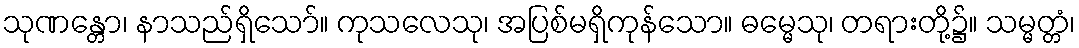
သုဏန္တော၊ နာသည်ရှိသော်။ ကုသလေသု၊ အပြစ်မရှိကုန်သော။ ဓမ္မေသု၊ တရားတို့၌။ သမ္မတ္တံ၊